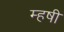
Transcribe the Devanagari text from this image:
म्हषी